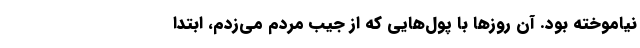
نیاموخته بود. آن روز‌ها با پول‌هایی که از جیب مردم می‌زدم، ابتدا